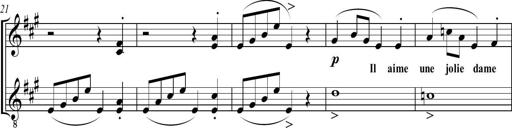
Title: Sonatine bureaucratique
Composer: Erik Satie